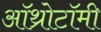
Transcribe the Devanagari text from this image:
ऑथ्रोटॉमी